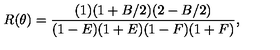
R ( \theta ) = \frac { ( 1 ) ( 1 + B / 2 ) ( 2 - B / 2 ) } { ( 1 - E ) ( 1 + E ) ( 1 - F ) ( 1 + F ) } ,